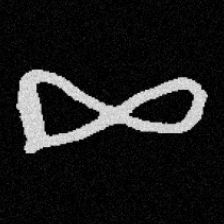
Pyu character \u2014 Myanmar letter: ဆ (romanized: cha)